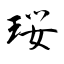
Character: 珱